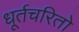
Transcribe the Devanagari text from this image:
धूर्तचरितो